Report of the Hyderabad Chloroform Commission
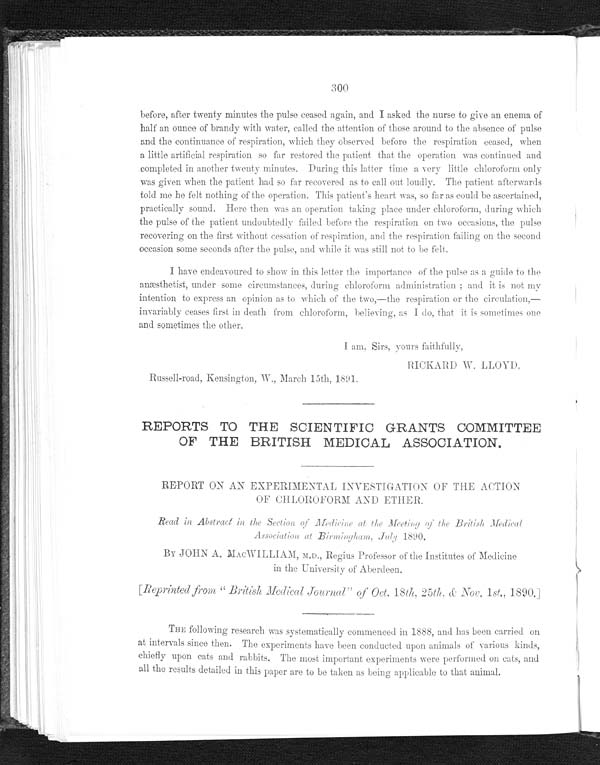
300
before, after twenty minutes the pulse ceased again, and I asked the nurse to give an enema of
half an ounce of brandy with water, called the attention of those around to the absence of pulse
and the continuance of respiration, which they observed before
t h e r e s p i r a t i o n c e a s e d , w h e n a l i t t l e a r t i f i c i a l r e s p i r a t i o n s o f a r r e s t o r e d t h e p a t i e n t t h a t t h e o p e r a t i o n w a s c o n t i n u e d a n d
completed in another twenty minutes. During this latter time a very little chloroform only
was given when the patient had so far recovered as to call out loudly. The patient afterwards
told me he felt nothing of the operation. This patient's heart was, so far as could be ascertained,
practically sound. Here then was an operation taking place under chloroform, during which
the pulse of the patient undoubtedly failed before the respiration on two occasions, the pulse
recovering on the first without cessation of respiration, and the respiration failing on the second
occasion some seconds after the pulse, and while it was still not to be felt.
I have endeavoured to show in this letter the importance of the pulse as a guide to the
anæsthetist, under some circumstances, during chloroform administration; and it is not my
intention to express an opinion as to which of the two,—the respiration or the circulation,—
invariably ceases first in death from chloroform, believing, as I do, that it is sometimes one
and sometimes the other.
I am. Sirs, yours faithfully,
RICKARD W. LLOYD,
Russell-road, Kensington., March 15th, 1891,
REPORTS TO THE SCIENTIFIC GRANTS COMMITTEE
OF THE BRITISH MEDICAL ASSOCIATIONS.
REPORT ON AN EXPERIMENTAL INVETIGATION OF THE ACTION
OF CHLOROFORM AND ETHER.
Read in Abstract in the Section of Medicine at the Meeting of the British Medical
Association at Brimingham, July 1890.
BY JOHN A. MACWILLIAM, M.D., Regius Professor of the Institutes of Medicine
in the University of Aberdeen.
[Reprinted from "British Medical Journal" of Oct. 18th, 25th, & Nov. 1st., 1890.]
THE following research was systematically commenced in 1888, and has been carried on
at intervals since then. The experiments have been conducted upon animals of various kinds,
chiefly upon cats and rabbits. The most important experiments were performed on cats, and
all the results detailed in this paper are to be taken as being applicable to that animal.